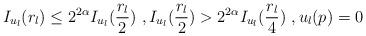
LaTeX: \begin{align*}I_{u_l}(r_l)\leq 2^{2\alpha} I_{u_l}(\frac{r_l}{2}) \ , I_{u_l}(\frac{r_l}{2})> 2^{2\alpha} I_{u_l}(\frac{r_l}{4})\ , u_l(p)= 0 \end{align*}